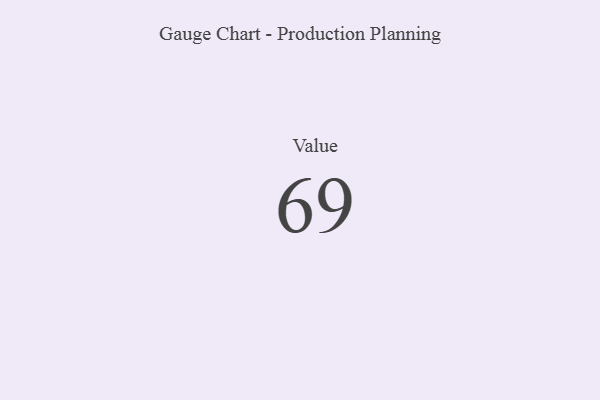
{"axis": {"x": "Metric", "y": "Value"}, "legend": [""], "data": [{"x": "Value", "y": 69, "type": ""}]}